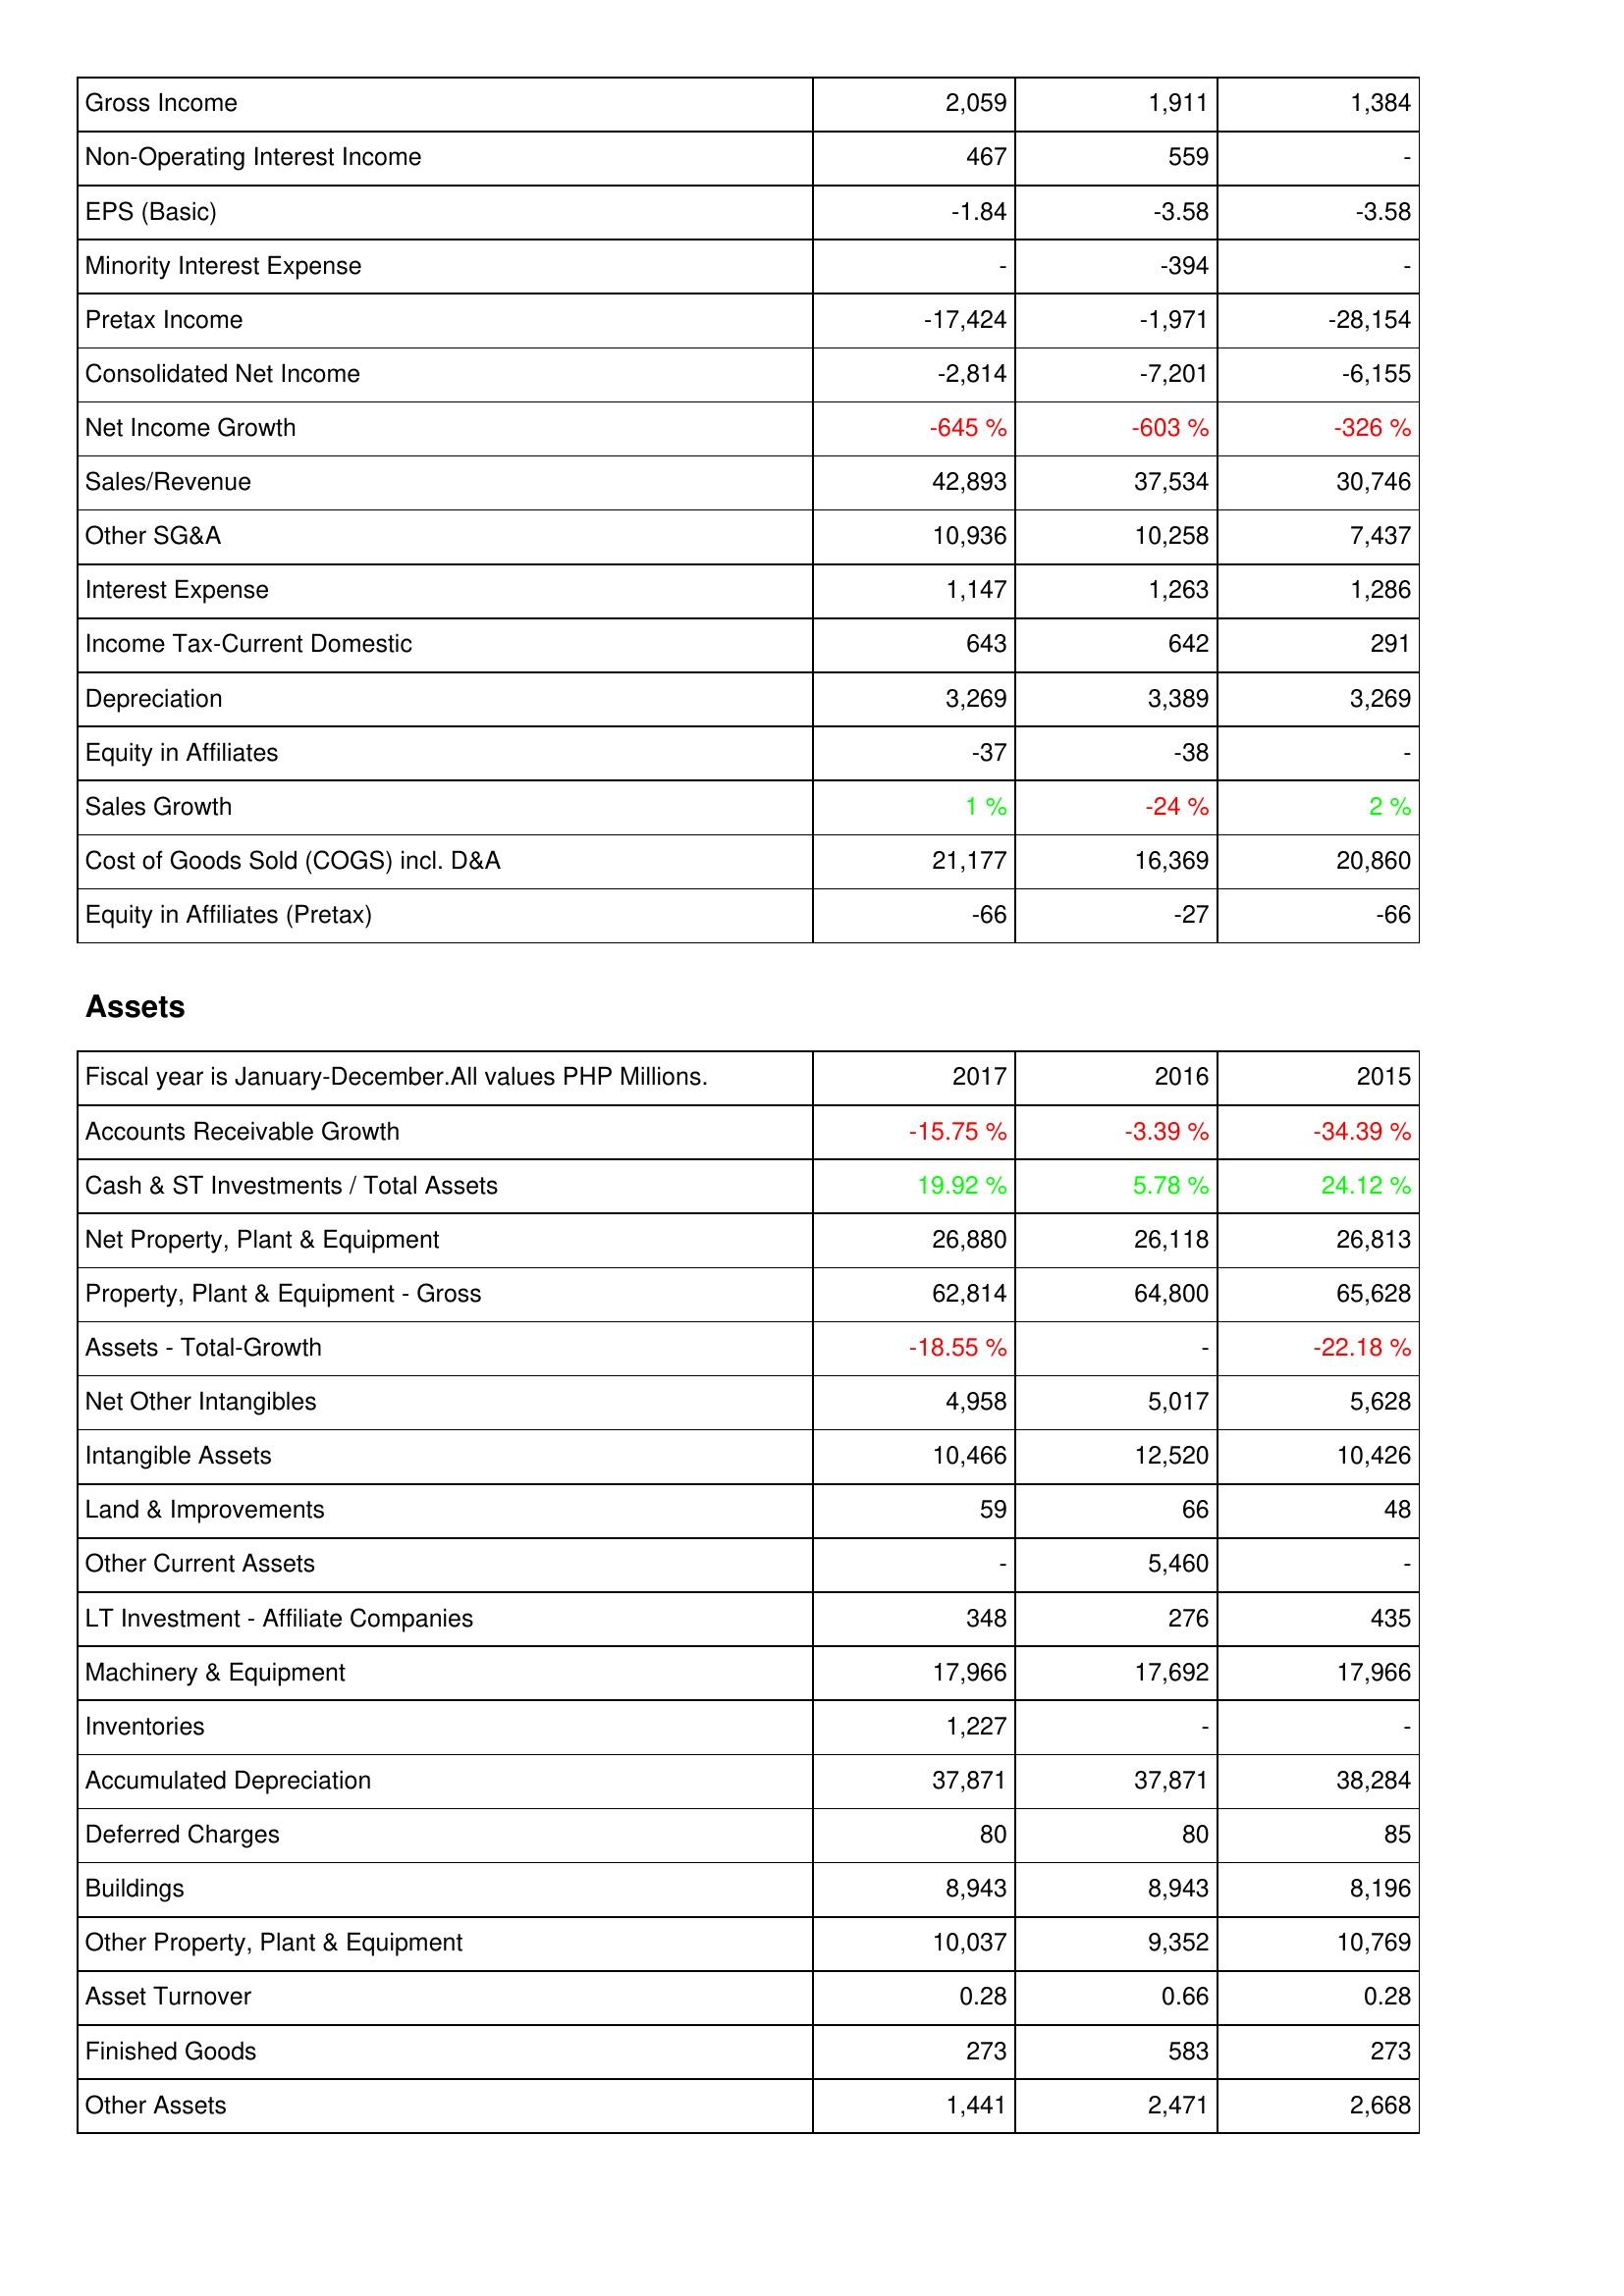
2017: Income Statement: Gross Income: 2,059
Non-Operating Interest Income: 467
EPS (Basic): -1.84
Minority Interest Expense: -
Pretax Income: -17,424
Consolidated Net Income: -2,814
Net Income Growth: -645 %
Sales/Revenue: 42,893
Other SG&A: 10,936
Interest Expense: 1,147
Income Tax-Current Domestic: 643
Depreciation: 3,269
Equity in Affiliates: -37
Sales Growth: 1 %
Cost of Goods Sold (COGS) incl. D&A: 21,177
Equity in Affiliates (Pretax): -66
Assets: Accounts Receivable Growth: -15.75 %
Cash & ST Investments / Total Assets: 19.92 %
Net Property, Plant & Equipment: 26,880
Property, Plant & Equipment - Gross: 62,814
Assets - Total-Growth: -18.55 %
Net Other Intangibles: 4,958
Intangible Assets: 10,466
Land & Improvements: 59
Other Current Assets: -
LT Investment - Affiliate Companies: 348
Machinery & Equipment: 17,966
Inventories: 1,227
Accumulated Depreciation: 37,871
Deferred Charges: 80
Buildings: 8,943
Other Property, Plant & Equipment: 10,037
Asset Turnover: 0.28
Finished Goods: 273
Other Assets: 1,441
2016: Income Statement: Gross Income: 1,911
Non-Operating Interest Income: 559
EPS (Basic): -3.58
Minority Interest Expense: -394
Pretax Income: -1,971
Consolidated Net Income: -7,201
Net Income Growth: -603 %
Sales/Revenue: 37,534
Other SG&A: 10,258
Interest Expense: 1,263
Income Tax-Current Domestic: 642
Depreciation: 3,389
Equity in Affiliates: -38
Sales Growth: -24 %
Cost of Goods Sold (COGS) incl. D&A: 16,369
Equity in Affiliates (Pretax): -27
Assets: Accounts Receivable Growth: -3.39 %
Cash & ST Investments / Total Assets: 5.78 %
Net Property, Plant & Equipment: 26,118
Property, Plant & Equipment - Gross: 64,800
Assets - Total-Growth: -
Net Other Intangibles: 5,017
Intangible Assets: 12,520
Land & Improvements: 66
Other Current Assets: 5,460
LT Investment - Affiliate Companies: 276
Machinery & Equipment: 17,692
Inventories: -
Accumulated Depreciation: 37,871
Deferred Charges: 80
Buildings: 8,943
Other Property, Plant & Equipment: 9,352
Asset Turnover: 0.66
Finished Goods: 583
Other Assets: 2,471
2015: Income Statement: Gross Income: 1,384
Non-Operating Interest Income: -
EPS (Basic): -3.58
Minority Interest Expense: -
Pretax Income: -28,154
Consolidated Net Income: -6,155
Net Income Growth: -326 %
Sales/Revenue: 30,746
Other SG&A: 7,437
Interest Expense: 1,286
Income Tax-Current Domestic: 291
Depreciation: 3,269
Equity in Affiliates: -
Sales Growth: 2 %
Cost of Goods Sold (COGS) incl. D&A: 20,860
Equity in Affiliates (Pretax): -66
Assets: Accounts Receivable Growth: -34.39 %
Cash & ST Investments / Total Assets: 24.12 %
Net Property, Plant & Equipment: 26,813
Property, Plant & Equipment - Gross: 65,628
Assets - Total-Growth: -22.18 %
Net Other Intangibles: 5,628
Intangible Assets: 10,426
Land & Improvements: 48
Other Current Assets: -
LT Investment - Affiliate Companies: 435
Machinery & Equipment: 17,966
Inventories: -
Accumulated Depreciation: 38,284
Deferred Charges: 85
Buildings: 8,196
Other Property, Plant & Equipment: 10,769
Asset Turnover: 0.28
Finished Goods: 273
Other Assets: 2,668